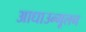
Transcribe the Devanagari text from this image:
आधाउन्मूलन